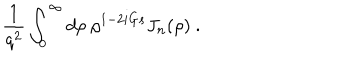
{ \frac { 1 } { q ^ { 2 } } } \int _ { 0 } ^ { \infty } d \rho ~ \rho ^ { 1 - 2 i G s } J _ { n } ( \rho ) ~ .